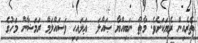
ތެރެއިން ރެޔަކަށެވެ. މާތް ނަބިއްޔާ ޞައްލަ  ޢަލައިހި ވަސައްލަމް ރަމަޟާން މަހުގެ